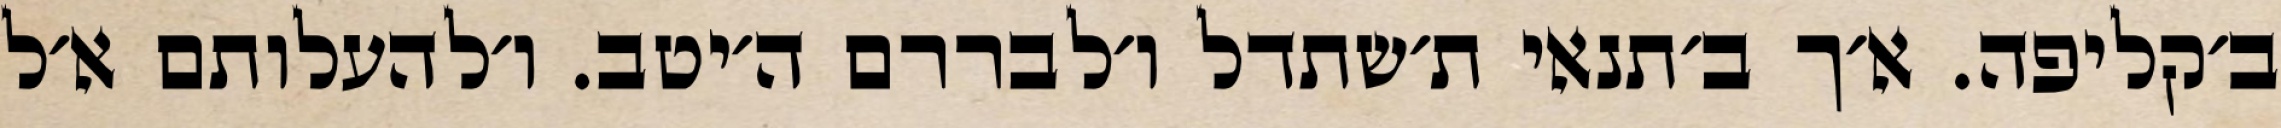
ב׳קליפה. א׳ך ב׳תנאי ת׳שתדל ו׳לבררם ה׳יטב. ו׳להעלותם א׳ל